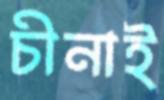
চীনাই